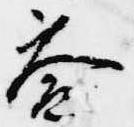
冷